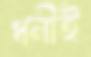
ধনীই